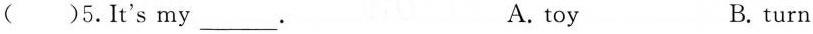
()5.It's my___. A. toy B. turn